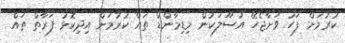
ކުރުމަށް ފަހު ވަށާޖެހޭ އުސޫލަކުން މިޑިމާންޑް ތައް ކުރުމަށް އިދިކޮޅު ފަރާތް ތައް